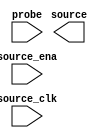

module issp_Ch3_dat_abs (
	source,
	source_ena,
	probe,
	source_clk);	

	output	[15:0]	source;
	input		source_ena;
	input	[0:0]	probe;
	input		source_clk;
endmodule